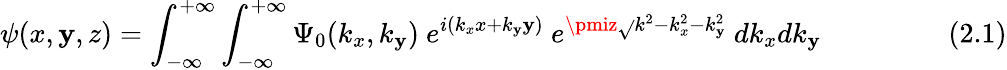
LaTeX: \psi(x,\mathbf{y},z)=\int_{-\infty}^{+\infty}\int_{-\infty}^{+\infty}\Psi_{0}(k_{x},k_{\mathbf{y}})~e^{i(k_{x}x+k_{\mathbf{y}}\mathbf{y})}~e^{\pmiz{\sqrt{}{{k^{2}-k_{x}^{2}-k_{\mathbf{y}}^{2}}}}}~dk_{x}dk_{\mathbf{y}}~~~~~~~~~~~~~~~~~~(2.1)